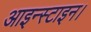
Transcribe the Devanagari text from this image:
आइन्स्टाइन।